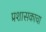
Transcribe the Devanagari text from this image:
प्रशासकाचा